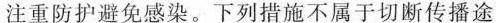
注重防护避免感染。下列措施不属于切断传播途